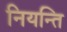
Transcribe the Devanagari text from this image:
नियन्ति